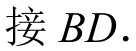
接 \(BD\).